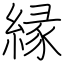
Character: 縁